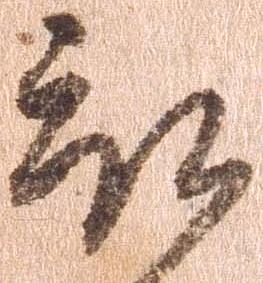
被